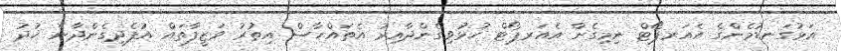
އަޅުގަނޑުމެންގެ އެއަރޕޯޓް ނިމިގެން އެއަރޕޯޓް ހުޅުވިގެންދާއިރު އެތައްހާސް އިތުރު ވަޒީފާތައް އުފެދިގެންދާނެ ޚުދު